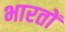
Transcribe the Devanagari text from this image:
भारतों